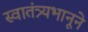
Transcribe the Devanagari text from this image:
स्वातंत्र्यभानूने